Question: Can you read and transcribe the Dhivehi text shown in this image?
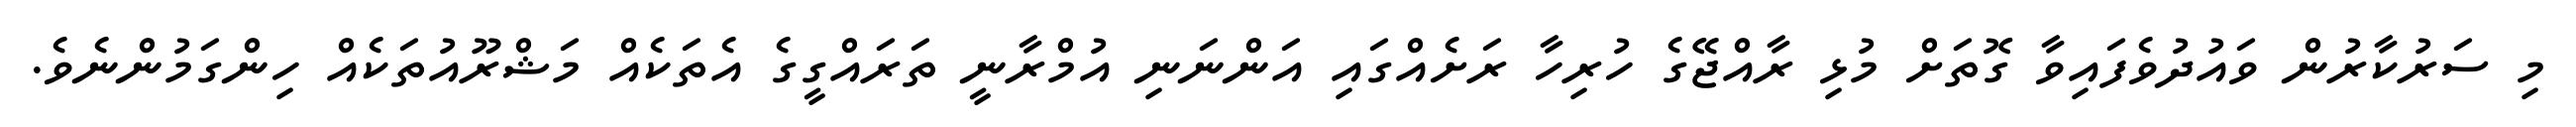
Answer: މި ސަރުކާރުން ވައުދުވެފައިވާ ގޮތަށް މުޅި ރާއްޖޭގެ ހުރިހާ ރަށެއްގައި އަންނަނި އުމްރާނީ ތަރައްގީގެ އެތަކެއް މަޝްރޫއުތަކެއް ހިންގަމުންނެވެ.